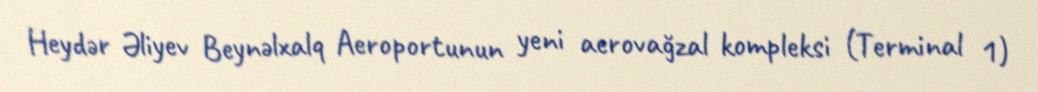
Heydər Əliyev Beynəlxalq Aeroportunun yeni aerovağzal kompleksi (Terminal 1)